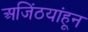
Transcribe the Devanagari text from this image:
अजिंठयांहून